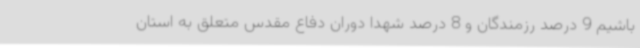
باشیم 9 درصد رزمندگان و 8 درصد شهدا دوران دفاع مقدس متعلق به استان